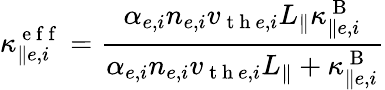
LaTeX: \kappa_{\parallel e,i}^{\mathrm{~e~f~f~}}=\frac{\alpha_{e,i}n_{e,i}v_{\mathrm{~t~h~}e,i}L_{\parallel}\kappa_{\parallel e,i}^{\mathrm{~B~}}}{\alpha_{e,i}n_{e,i}v_{\mathrm{~t~h~}e,i}L_{\parallel}+\kappa_{\parallel e,i}^{\mathrm{~B~}}}